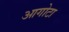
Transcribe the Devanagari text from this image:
आगोटा